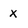
Character: x